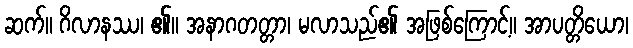
ဆက်။ ဂိလာနဿ၊ ၏။ အနာဂတတ္တာ၊ မလာသည်၏ အဖြစ်ကြောင့်။ အာပတ္တိယော၊